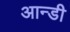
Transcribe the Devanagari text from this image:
आन्डी